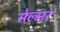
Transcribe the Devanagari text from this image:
सेल्मर